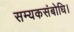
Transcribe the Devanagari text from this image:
सम्यकसंबोधि।